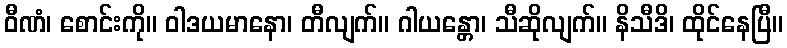
ဝီဏံ၊ စောင်းကို။ ဝါဒယမာနော၊ တီလျက်။ ဂါယန္တော၊ သီဆိုလျက်။ နိသီဒိ၊ ထိုင်နေပြီ။